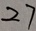
2 7